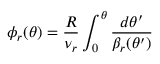
\phi _ { r } ( \theta ) = \frac { R } { \nu _ { r } } \int _ { 0 } ^ { \theta } \frac { d \theta ^ { \prime } } { \beta _ { r } ( \theta ^ { \prime } ) }